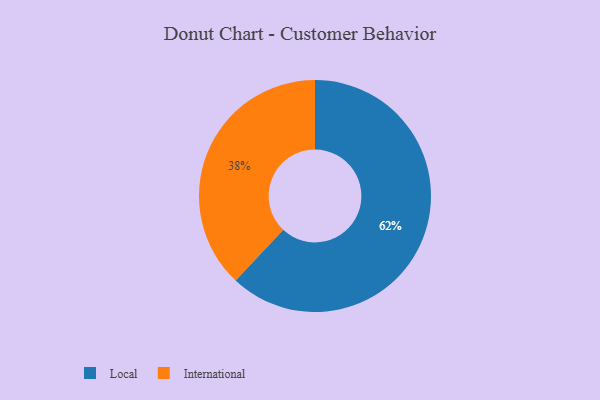
{"axis": {"x": "Category", "y": "Percentage"}, "legend": ["International", "Local"], "data": [{"x": "Local", "y": 62, "type": "Local"}, {"x": "International", "y": 38, "type": "International"}]}